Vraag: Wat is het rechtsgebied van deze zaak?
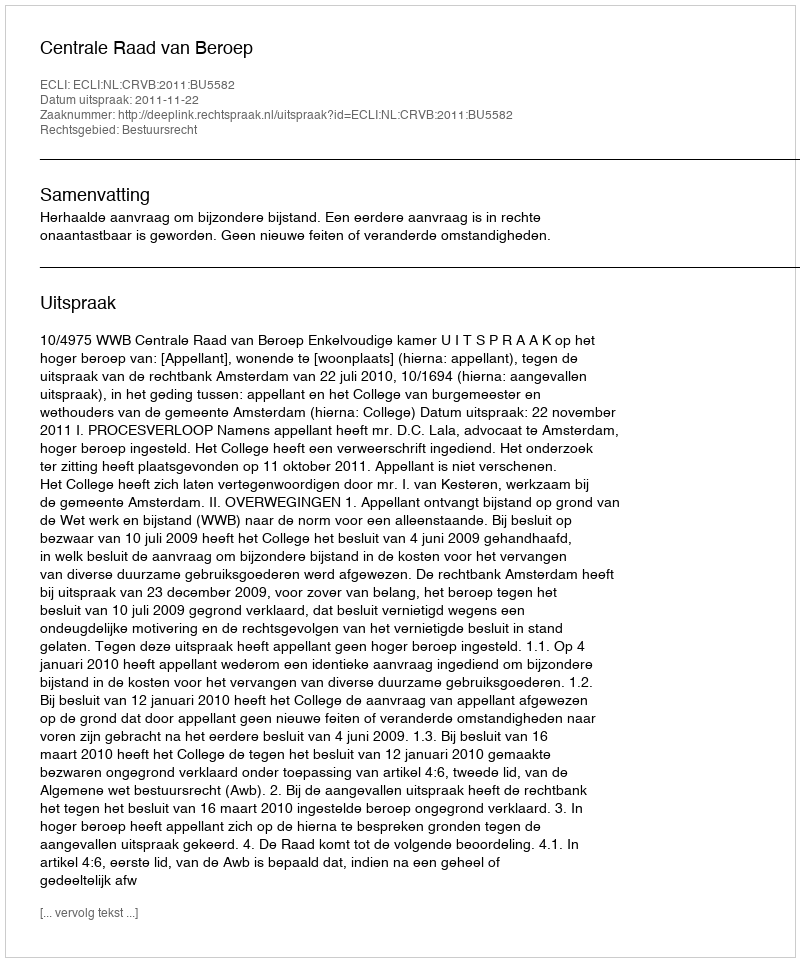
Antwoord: Bestuursrecht